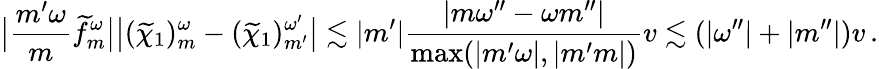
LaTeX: \big|{\frac{{m^{\prime}}\omega}{m}}\widetilde{f}_{m}^{\omega}\big|\big|(\widetilde{\chi}_{1})_{m}^{\omega}-(\widetilde{\chi}_{1})_{m^{\prime}}^{\omega^{\prime}}\big|\lesssim|m^{\prime}|\frac{|m\omega^{\prime\prime}-\omega m^{\prime\prime}|}{\operatorname*{max}(|m^{\prime}\omega|,|m^{\prime}m|)}v\lesssim(|\omega^{\prime\prime}|+|{m^{\prime\prime}}|)v\, .